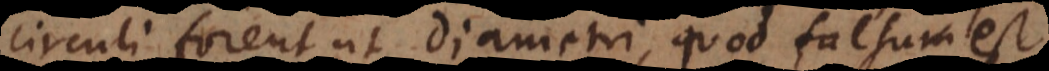
circuli forent ut diametri, quod falsum est.